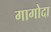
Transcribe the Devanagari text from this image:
गागोदा